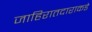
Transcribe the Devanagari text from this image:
जाहिरातदाराकडे